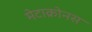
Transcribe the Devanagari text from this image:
मेटाक्रोनस